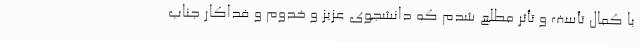
با کمال تأسف و تأثر مطلع شدم که دانشجوی عزیز و خدوم و فداکار جناب